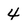
Character: 4